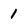
Character: 1